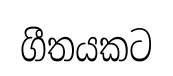
ගීතයකට